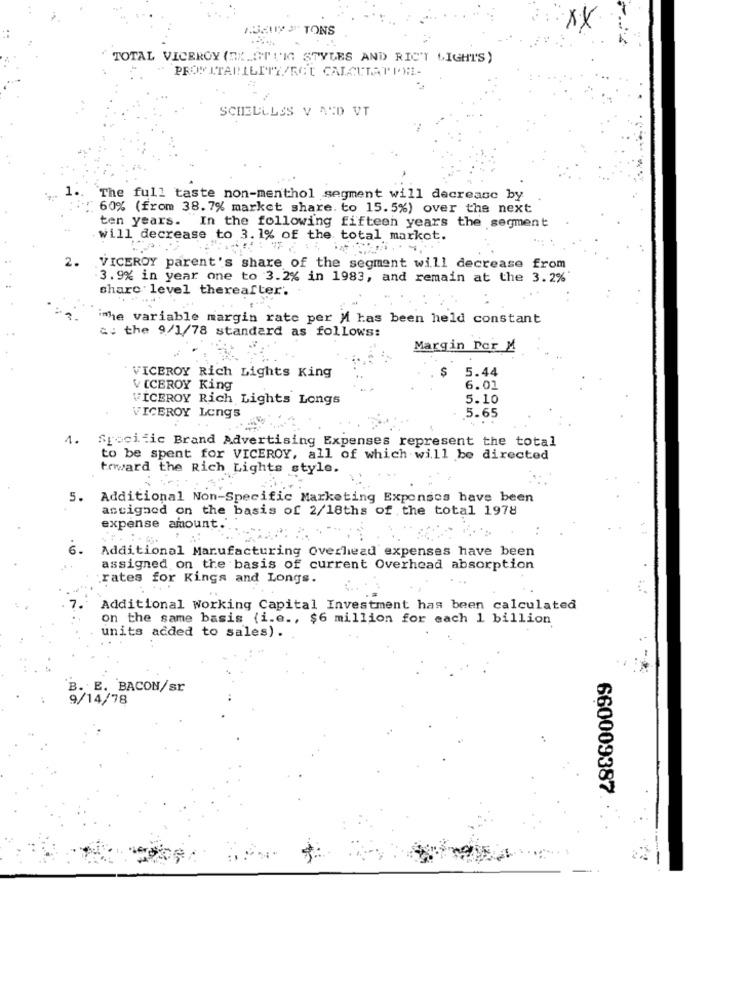
1.32X 9 TONS
XX
TOTAL VICEROY (EX.OT VIG STYLES AND RIC'T LIGHT'S)
"" PROMITABILITY/RG'E CALCULATION-
SCHELLLES V ACD VT
The full taste non-menthol segment will decrease by
60% (from 38. 7% market share. to 15.5%) over the next
ten years. In the following fifteen years the segment
will decrease to 3. 1% of the total markot.
2.
VICEROY parent's share of the segment will decrease from
3.9% in year one to 3.2% in 1983, and remain at the 3.2%
share level thereafter.
ihe variable margin rate per M has been held constant
c: the 9/1/78 standard as follows:
Margin Der M
S
5.44
VICEROY Rich Lights King
VICEROY King
6.01
VICEROY Rich Lights Longs
5.10
VICEROY Longs
5.65
1.
Specific Brand Advertising Expenses represent the total
to be spent for VICEROY, all of which will be directed
toward the Rich Lights style.
5.
Additional Non-Specific Marketing Exponses have been
assigned on the basis of 2/18ths of the total 1978
expense amount.'.
Additional Manufacturing Overhead expenses have been
assigned on the basis of current Overhead absorption
rates for Kings and Longs.
Additional Working Capital Investment has been calculated
on the same basis (i.e ., $6 million for each 1 billion
units added to sales).
B. E. BACON/sr
9/14/78
660009387